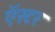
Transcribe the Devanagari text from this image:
ऍस्टर